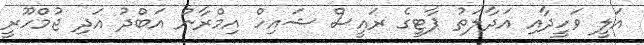
އަލީ ވަހީދާއި އަދާލަތު ޕާޓީގެ ރައީސް ޝައިހް އިމްރާން އަބްދު އަދި ޖުމްހޫރީ